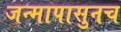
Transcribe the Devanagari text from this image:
जन्मापासुनच